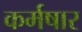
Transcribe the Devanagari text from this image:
कर्मषार